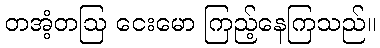
တအံ့တဩ ငေးမော ကြည့်နေကြသည်။